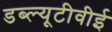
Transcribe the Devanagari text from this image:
डब्ल्यूटीवीई